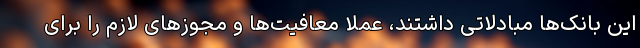
این بانک‌ها مبادلاتی داشتند، عملاً معافیت‌ها و مجوزهای لازم را برای